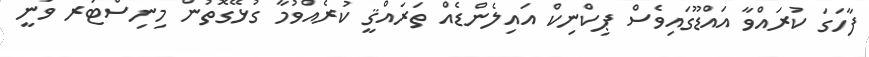
ފާހަގަ ކުރައްވާ އައްޑޫގައިވެސް ޕިކްނިކް އައިލެންޑެއް ތަރައްޤީ ކުރެއްވުމާ ގުޅޭގޮތުން މިނިސްޓަރ ވަނީ